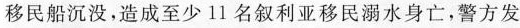
移民船沉没，造成至少11名叙利亚移民溺水身亡，警方发